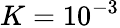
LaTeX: K=10^{-3}